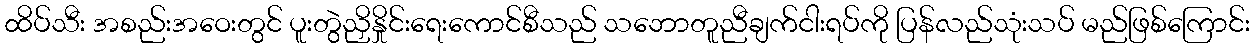
ထိပ်သီး အစည်းအဝေးတွင် ပူးတွဲညှိနှိုင်းရေးကောင်စီသည် သဘောတူညီချက်ငါးရပ်ကို ပြန်လည်သုံးသပ် မည်ဖြစ်ကြောင်း